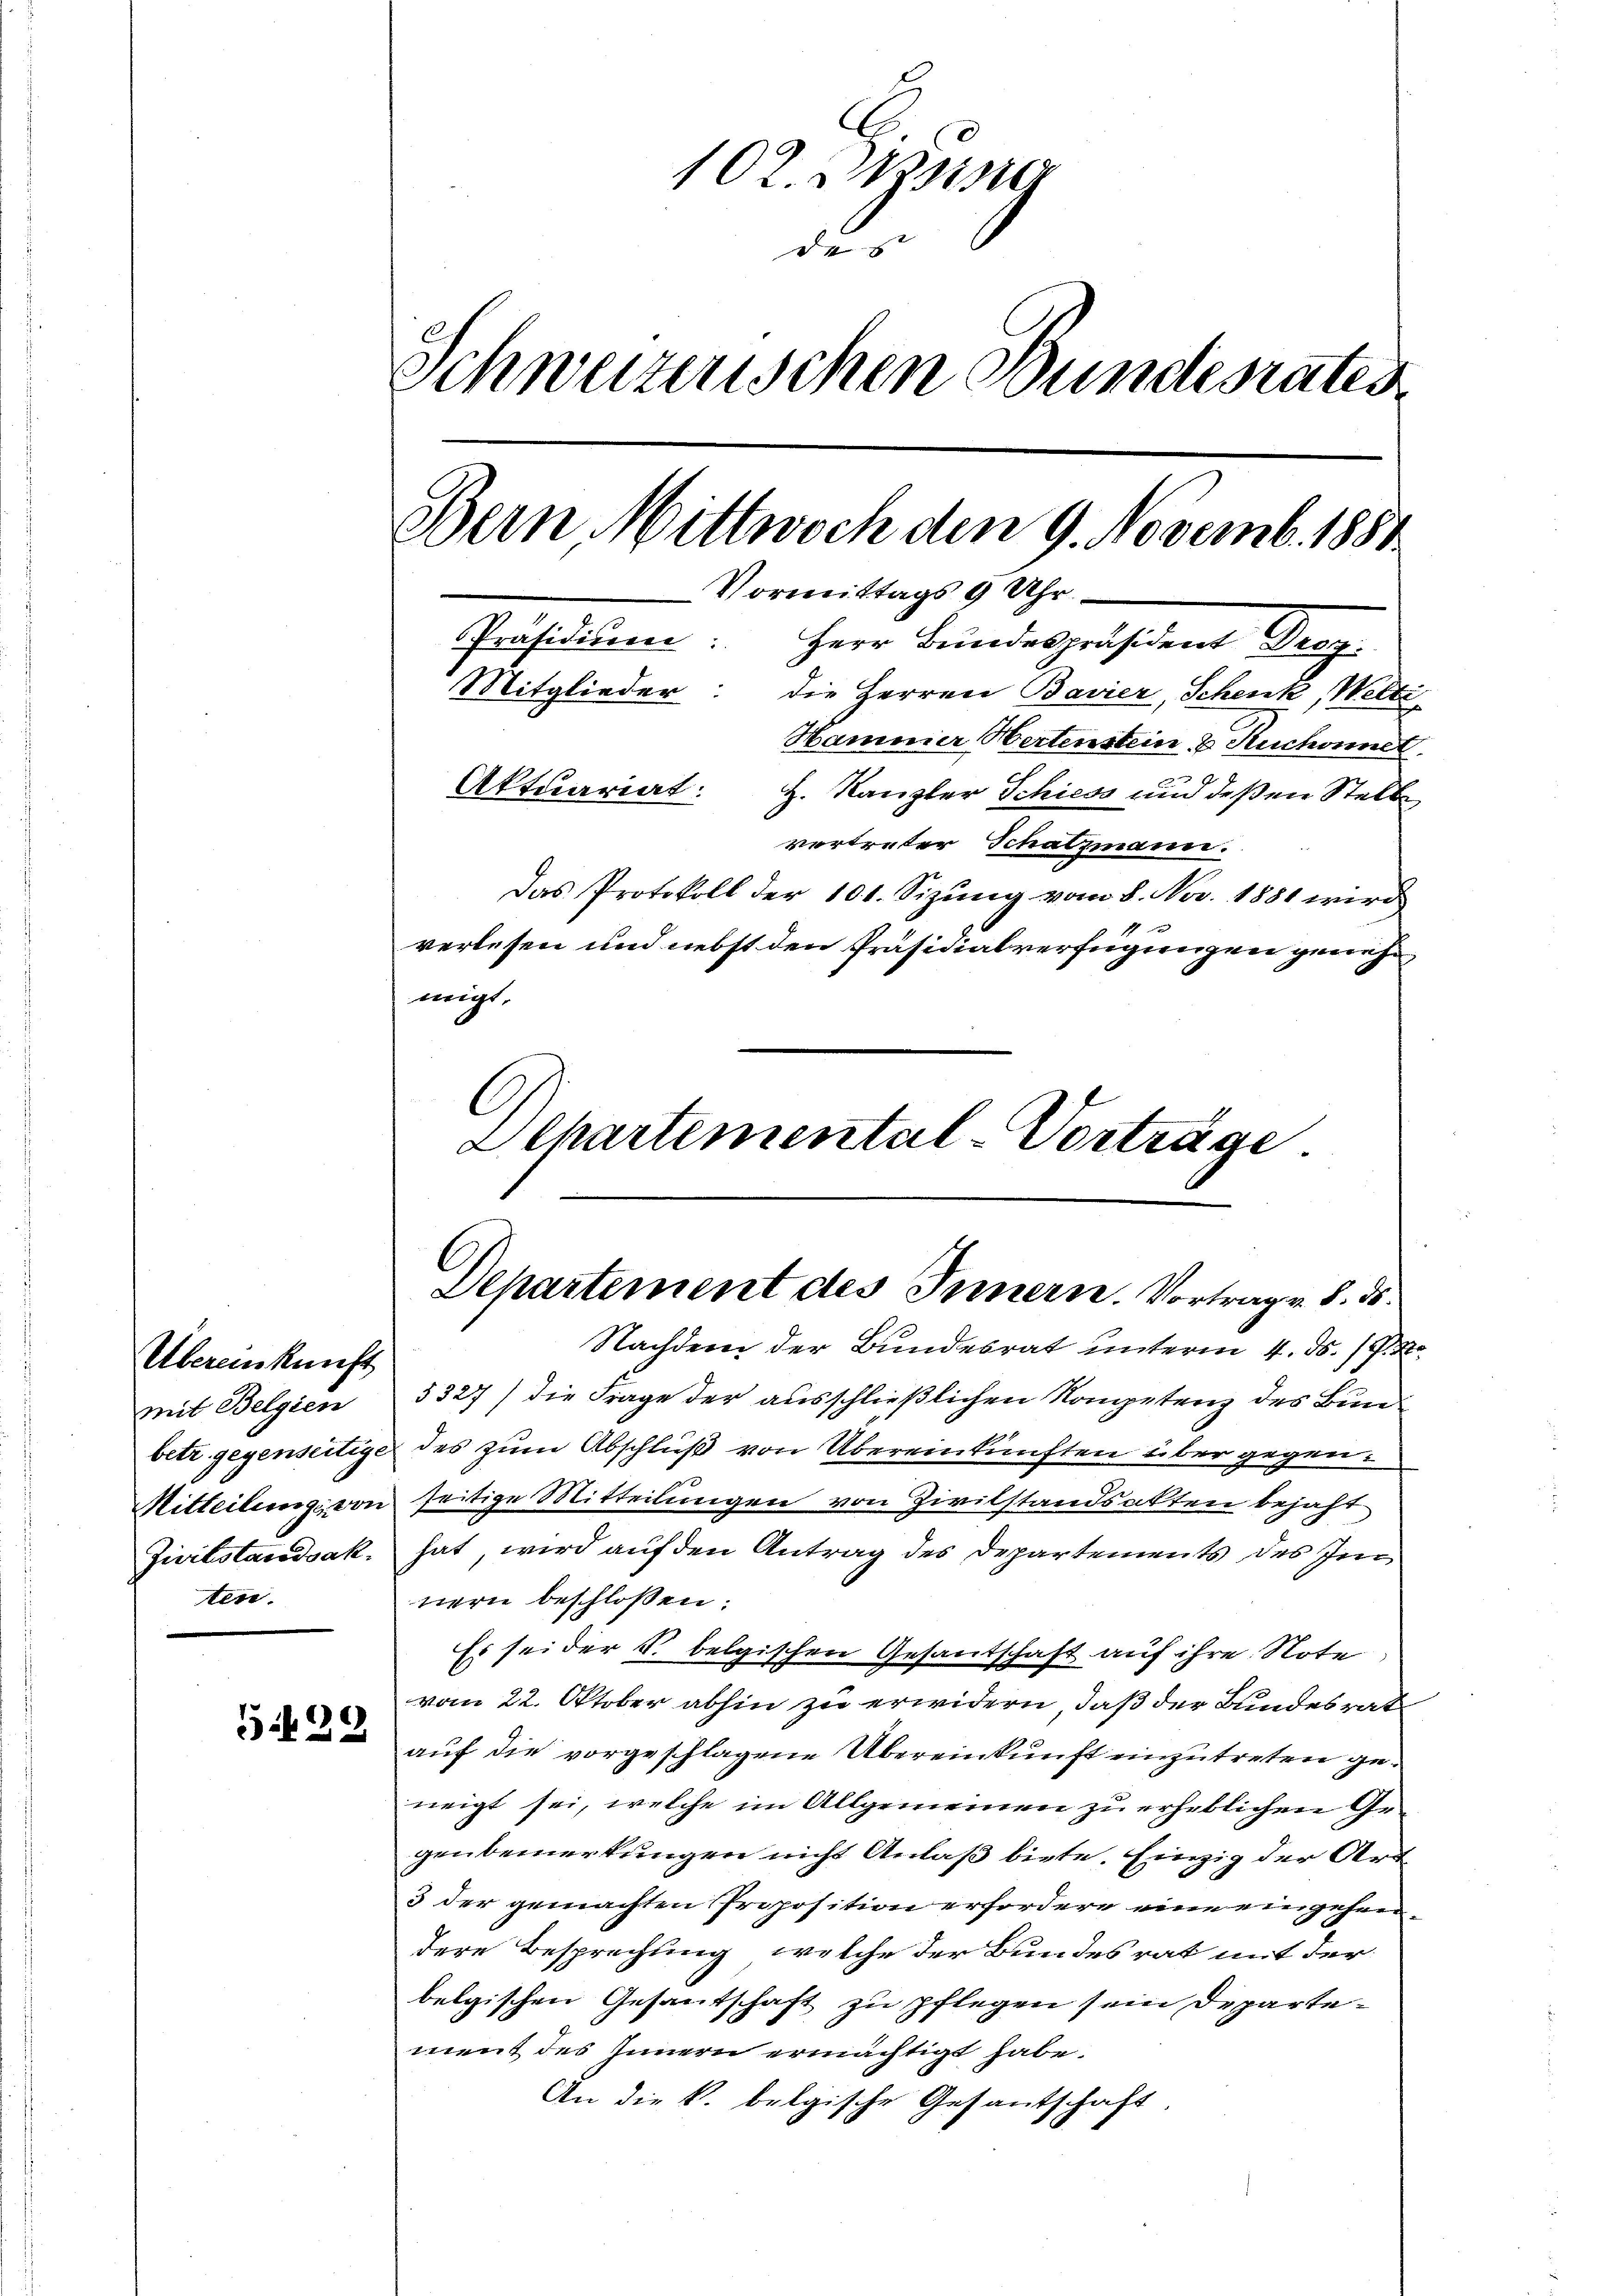
Übereinkunft
mit Belgien
Zivilstandsak.
ten.

5.439

102. Weise
de
Schweizerischen Bundesrates
Bern Mittwoch den 9. Novemb. 1881
Vormittags 9 Uhr
Präsidium.
Herr Bundespräsident Graz
Mitglieder: die Herren Bavier, Schenk, Welti
Hammer Hertenstein & Ruchonnet.
Aktuariat:
H. Kanzler Schiess und deßen Stell
vertreter Schatzmann.

Das Protokoll der 101. Sizung vom 8. Nov. 1881 wird
verlesen und nebst den Präsidialverfügungen genehmigt.
Olhartemental-Vorträge

Nachdem der Bundesrat unterm 4. ds. s. R
5327) die Frage der ausschließlichen Kompetenz des Bunbeti gegenseitige des zum Abschluß von Übereinkünften über gegen¬
Mitteilung von seitige Mitteilungen von Zivilstandsakten bejaht
hat, wird auf den Antrag des Departements des Im
nern beschlossen:
Es sei der k. belgischen Gesantschaft auf ihre Note
vom 22. Oktober abhin zu erwidern, daß der Bundesrat
auf die vorgeschlagene Übereinkunft einzutreten geneigt sei, welche im Allgemeinen zu erheblichen Gegenbemerkungen nicht Anlaß biete. Einzig der Art
3 der gemachten Proposition erfordere eine eingehen
dere Besprechung, welche der Bundesrat mit der
belgischen Gesantschaft zu pflegen sein Departement des Innern ermächtigt habe.
An die k. belgische Gesantschaft.

Departement des Innern. Vortrage 8. ds.